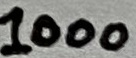
Text: 1000